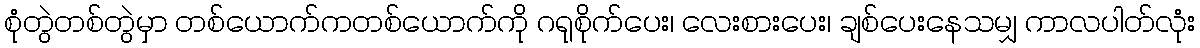
စုံတွဲတစ်တွဲမှာ တစ်ယောက်ကတစ်ယောက်ကို ဂရုစိုက်ပေး၊ လေးစားပေး၊ ချစ်ပေးနေသမျှ ကာလပါတ်လုံး